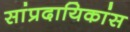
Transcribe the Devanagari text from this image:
सांप्रदायिकांस